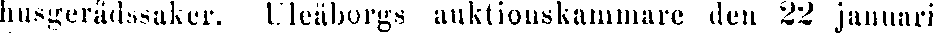
husgerådssaker. Uleåborgs auktionskammare den 22 januari